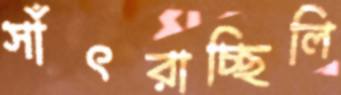
সাঁৎরাচ্ছিলি